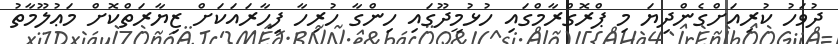
ދުވަހު ކުރިއަށްގެންދިޔަ މި ޕްރޮގްރާމްގައި ހުޅުމީދޫގައި ހިންގާ ހުރިހާ ފިހާރައަކަށް ޒިޔާރަތްކޮށް މަޢުލޫމާތު